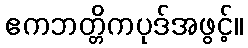
ဧကဘတ္တိကပုဒ်အဖွင့်။